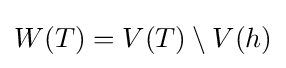
W(T)=V(T)\setminus V(h)